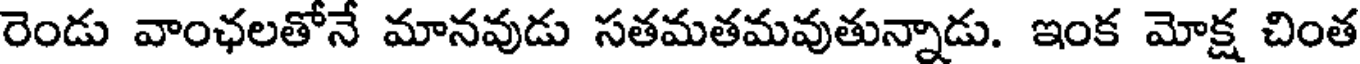
రెండు వాంఛలతోనే మానవుడు సతమతమవుతున్నాడు. ఇంక మోక్ష చింత